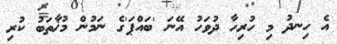
އެ ހިނދު މި ހުރިހާ ދުވަހު އޭނަ 'ބައްޕަ'ގެ ނަމުން މުޚާތަބު ކުރި